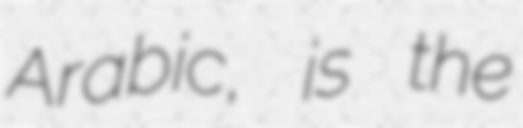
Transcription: Arabic, is the